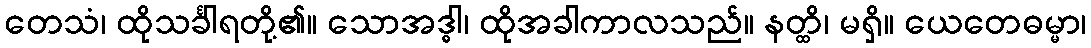
တေသံ၊ ထိုသင်္ခါရတို့၏။ သောအဒ္ဓါ၊ ထိုအခါကာလသည်။ နတ္ထိ၊ မရှိ။ ယေတေဓမ္မာ၊